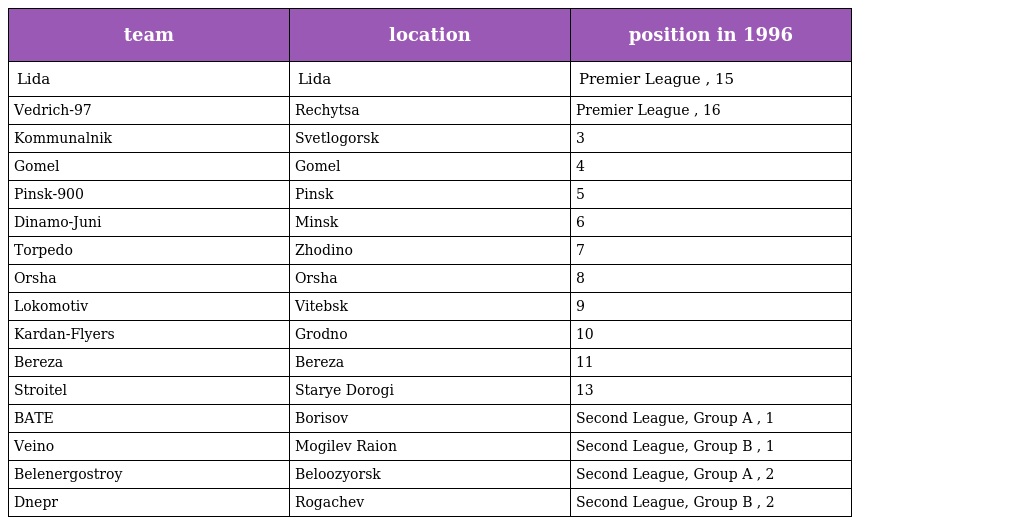
| team | location | position in 1996 |
 | --- | --- | --- |
 | Lida | Lida | Premier League , 15 |
 | Vedrich-97 | Rechytsa | Premier League , 16 |
 | Kommunalnik | Svetlogorsk | 3 |
 | Gomel | Gomel | 4 |
 | Pinsk-900 | Pinsk | 5 |
 | Dinamo-Juni | Minsk | 6 |
 | Torpedo | Zhodino | 7 |
 | Orsha | Orsha | 8 |
 | Lokomotiv | Vitebsk | 9 |
 | Kardan-Flyers | Grodno | 10 |
 | Bereza | Bereza | 11 |
 | Stroitel | Starye Dorogi | 13 |
 | BATE | Borisov | Second League, Group A , 1 |
 | Veino | Mogilev Raion | Second League, Group B , 1 |
 | Belenergostroy | Beloozyorsk | Second League, Group A , 2 |
 | Dnepr | Rogachev | Second League, Group B , 2 |